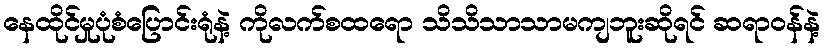
နေထိုင်မှုပုံစံပြောင်းရုံနဲ့ ကိုလက်စထရော သိသိသာသာမကျဘူးဆိုရင် ဆရာဝန်နဲ့